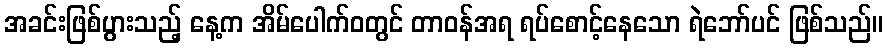
အခင်းဖြစ်ပွားသည့် နေ့က အိမ်ပေါက်ဝတွင် တာဝန်အရ ရပ်စောင့်နေသော ရဲဘော်ပင် ဖြစ်သည်။